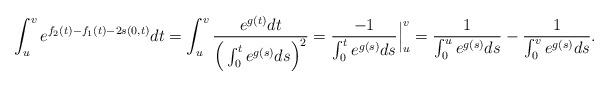
LaTeX: \begin{align*}\int_u^v e^{f_2(t)-f_1(t)-2s(0,t)}dt = \int_u^v \frac{e^{g(t)}dt}{\Big(\int_0^t e^{g(s)}ds\Big)^2} =\frac{-1}{\int_0^t e^{g(s)}ds}\Big\vert_u^v = \frac{1}{\int_0^u e^{g(s)}ds}-\frac{1}{\int_0^v e^{g(s)}ds}.\end{align*}